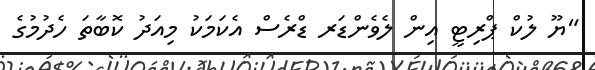
"ޔޫ ލުކް ޕްރިޓީ އިން ލެވެންޑަރ ޑްރެސް އެކަމަކު މިއަދު ކޮބާތަ ހެދުމުގެ